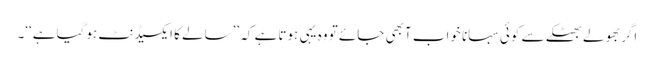
اگر بھولے بھٹکے سے کوئی سہانا خواب آبھی جائے تو وہ یہی ہوتاہے کہ ’’سالے کا ایکسیڈنٹ ہوگیا ہے‘‘۔